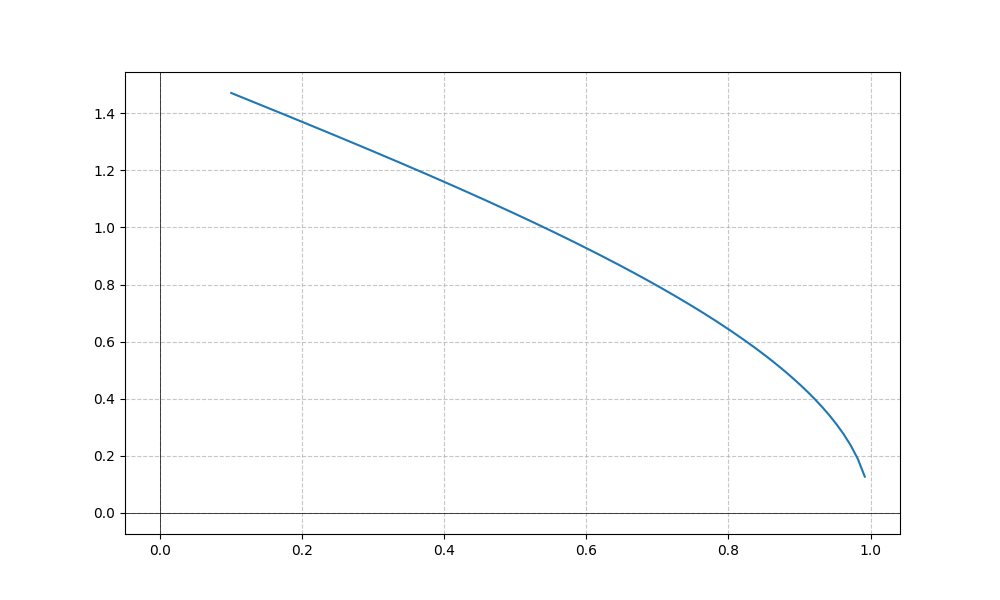
LaTeX formula: \operatorname{acos}{\left(x \right)}